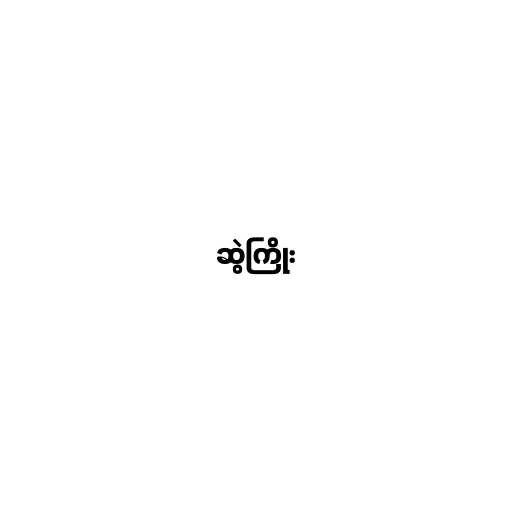
ဆွဲကြိုး